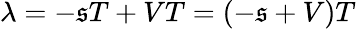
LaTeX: \lambda=-\mathfrak{s}T+VT=(-\mathfrak{s}+V)T